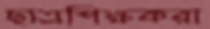
ছাত্রশিক্ষকরা